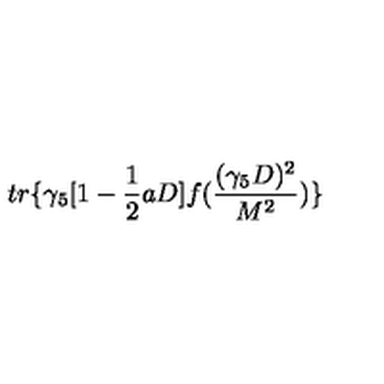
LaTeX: t r \{ \gamma _ { 5 } [ 1 - \frac { 1 } { 2 } a D ] f ( \frac { ( \gamma _ { 5 } D ) ^ { 2 } } { M ^ { 2 } } ) \}